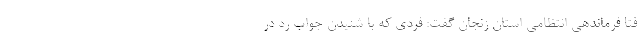
فتا فرماندهی انتظامی استان زنجان گفت: فردی که با شنیدن جواب رد در